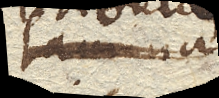
Tabulae